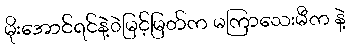
မိုးအောင်ရင်နဲ့ဲမြင့်မြတ်က မကြာသေးမီက နဲ့